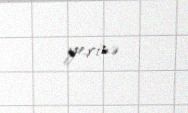
yerinə.